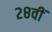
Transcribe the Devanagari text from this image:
२८वीं